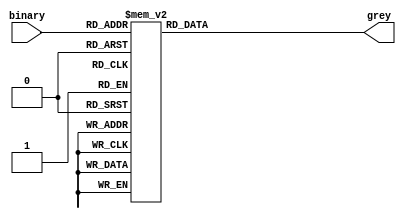
`timescale 1ns / 1ps

module binary_to_gray_bh(
    output reg [3:0] grey,
    input [3:0] binary
    );
    always@(*)
        begin
            case(binary)
            4'b0000: grey=4'b0000;
            4'b0001: grey=4'b0001;
            4'b0010: grey=4'b0011;
            4'b0011: grey=4'b0010;
            4'b0100: grey=4'b0110;
            4'b0101: grey=4'b0111;
            4'b0110: grey=4'b0101;
            4'b0111: grey=4'b0100;
            4'b1000: grey=4'b1100;
            4'b1001: grey=4'b1101;
            4'b1010: grey=4'b1111;
            4'b1011: grey=4'b1110;
            4'b1100: grey=4'b1010;
            4'b1101: grey=4'b1011;
            4'b1110: grey=4'b1001;
            4'b1111: grey=4'b1000;
        endcase
    end
endmodule